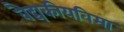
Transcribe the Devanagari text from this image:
वैद्यकीयविमा